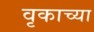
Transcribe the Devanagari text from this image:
वृकाच्या